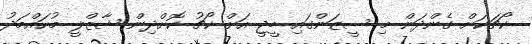
ކޯޗަކަށް ގެންދަން މި ސީޒަންގައި ބީޖީ އަށް ކޯޗު ކޮށްދިން ޝާޒްލީ މުހައްމަދު